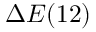
\Delta E ( 1 2 )